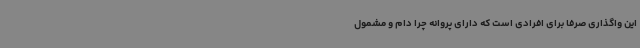
این واگذاری صرفاً برای افرادی است که دارای پروانه چرا دام و مشمول